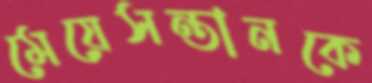
মেয়েসন্তানকে